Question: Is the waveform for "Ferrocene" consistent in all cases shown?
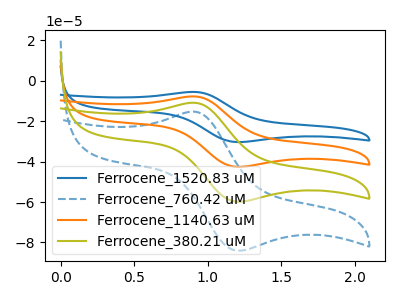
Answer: <think>The blue curve "Ferrocene_1520.83 uM" has an anodic peak at (0.90V, -32.60uA) and a cathodic peak at (1.20V, -179.45uA). The blue dashed curve "Ferrocene_760.42 uM" has an anodic peak at (0.90V, -15.25uA) and a cathodic peak at (1.20V, -84.05uA). The orange curve "Ferrocene_1140.63 uM" has an anodic peak at (0.90V, -21.75uA) and a cathodic peak at (1.20V, -119.65uA). The olive curve "Ferrocene_380.21 uM" has an anodic peak at (0.90V, -10.85uA) and a cathodic peak at (1.20V, -59.80uA).
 All the peaks in "Ferrocene_1520.83 uM" have a peak in "Ferrocene_760.42 uM" at the same potential. All the peaks in "Ferrocene_1520.83 uM" have a peak in "Ferrocene_1140.63 uM" at the same potential. All the peaks in "Ferrocene_1520.83 uM" have a peak in "Ferrocene_380.21 uM" at the same potential. All the peaks in "Ferrocene_760.42 uM" have a peak in "Ferrocene_1140.63 uM" at the same potential. All the peaks in "Ferrocene_760.42 uM" have a peak in "Ferrocene_380.21 uM" at the same potential. All the peaks in "Ferrocene_1140.63 uM" have a peak in "Ferrocene_380.21 uM" at the same potential.</think>
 <answer>All the CV's of "Ferrocene" have similar shape.</answer>
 <eval>follow_rule</eval>